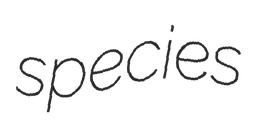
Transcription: species